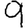
Digit: 9